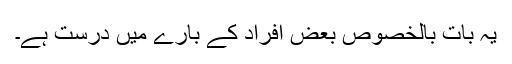
یہ بات بالخصوص بعض افراد کے بارے میں درست ہے۔